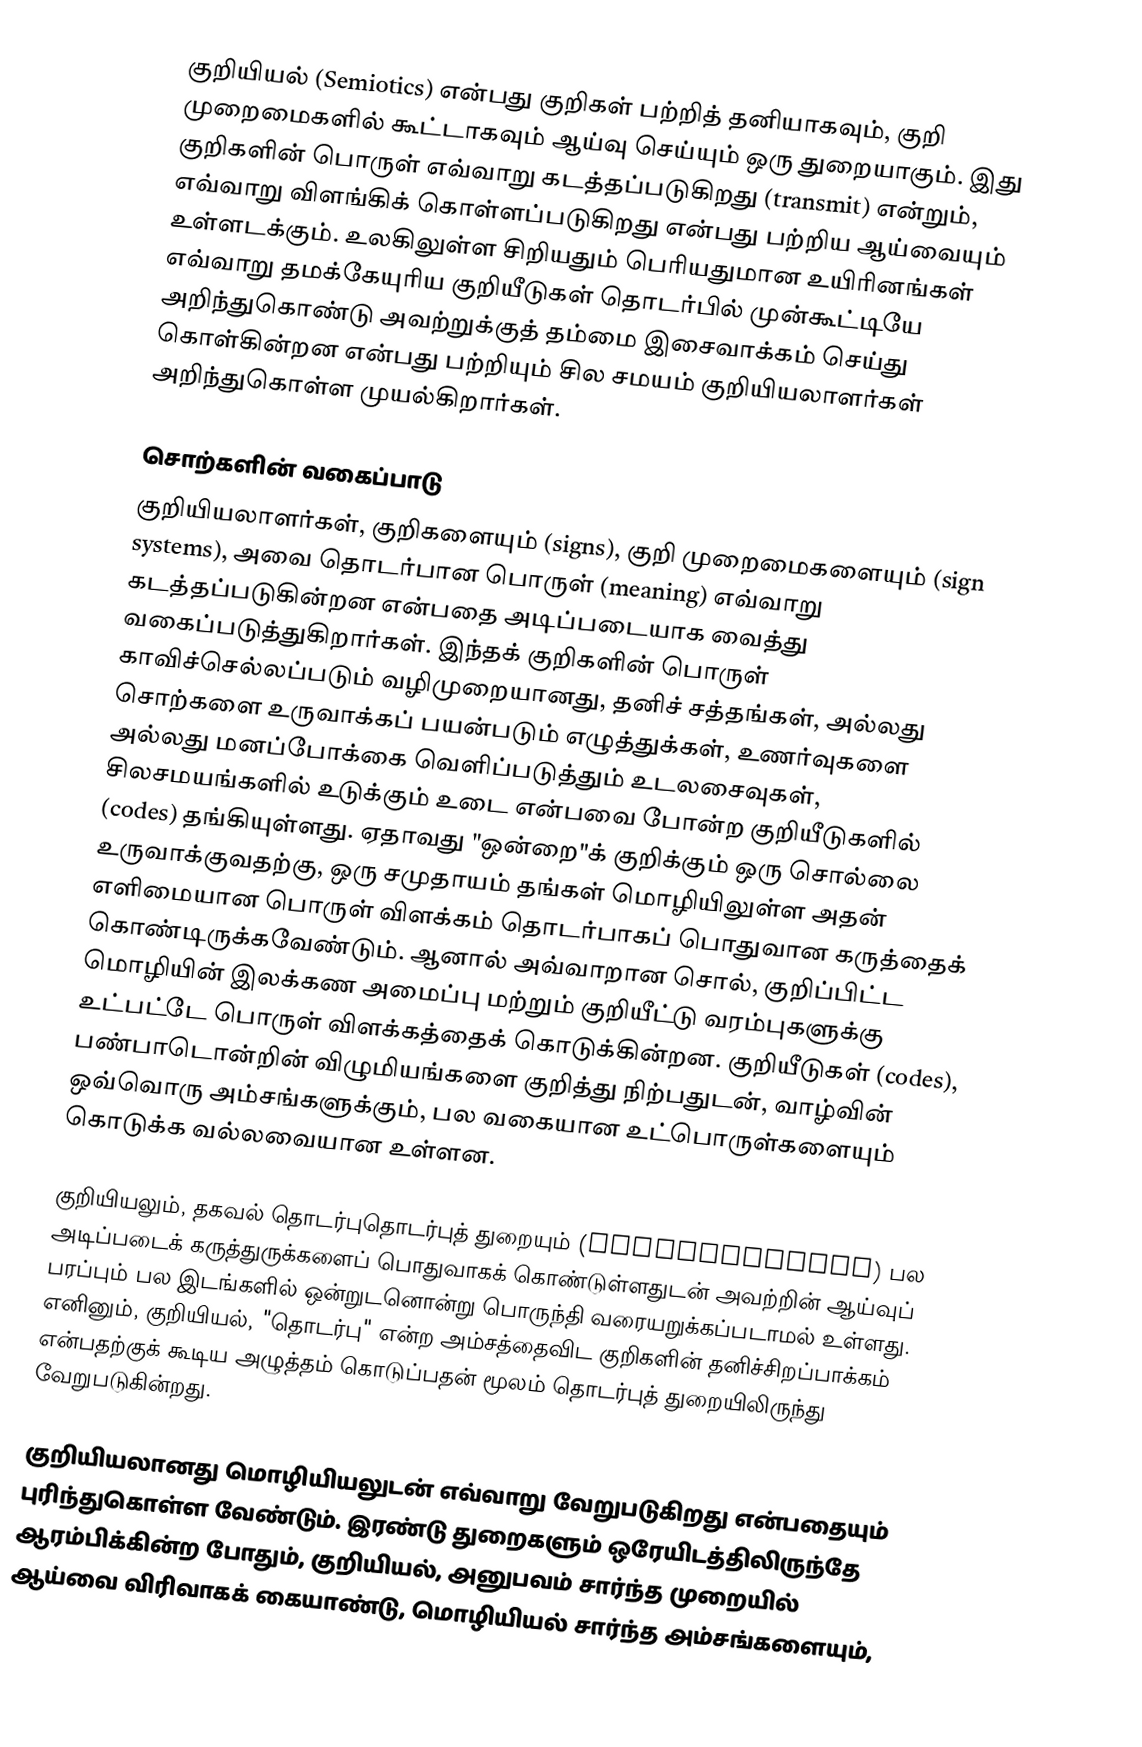
குறியியல் (Semiotics) என்பது குறிகள் பற்றித் தனியாகவும், குறி முறைமைகளில் கூட்டாகவும் ஆய்வு செய்யும் ஒரு துறையாகும். இது குறிகளின் பொருள் எவ்வாறு கடத்தப்படுகிறது (transmit) என்றும், எவ்வாறு விளங்கிக் கொள்ளப்படுகிறது என்பது பற்றிய ஆய்வையும் உள்ளடக்கும். உலகிலுள்ள சிறியதும் பெரியதுமான உயிரினங்கள் எவ்வாறு தமக்கேயுரிய குறியீடுகள் தொடர்பில் முன்கூட்டியே அறிந்துகொண்டு அவற்றுக்குத் தம்மை இசைவாக்கம் செய்து கொள்கின்றன என்பது பற்றியும் சில சமயம் குறியியலாளர்கள் அறிந்துகொள்ள முயல்கிறார்கள்.

சொற்களின் வகைப்பாடு
குறியியலாளர்கள், குறிகளையும் (signs), குறி முறைமைகளையும் (sign systems), அவை தொடர்பான பொருள் (meaning) எவ்வாறு கடத்தப்படுகின்றன என்பதை அடிப்படையாக வைத்து வகைப்படுத்துகிறார்கள். இந்தக் குறிகளின் பொருள் காவிச்செல்லப்படும் வழிமுறையானது, தனிச் சத்தங்கள், அல்லது சொற்களை உருவாக்கப் பயன்படும் எழுத்துக்கள், உணர்வுகளை அல்லது மனப்போக்கை வெளிப்படுத்தும் உடலசைவுகள், சிலசமயங்களில் உடுக்கும் உடை என்பவை போன்ற குறியீடுகளில் (codes) தங்கியுள்ளது. ஏதாவது "ஒன்றை"க் குறிக்கும் ஒரு சொல்லை உருவாக்குவதற்கு, ஒரு சமுதாயம் தங்கள் மொழியிலுள்ள அதன் எளிமையான பொருள் விளக்கம் தொடர்பாகப் பொதுவான கருத்தைக் கொண்டிருக்கவேண்டும். ஆனால் அவ்வாறான சொல், குறிப்பிட்ட மொழியின் இலக்கண அமைப்பு மற்றும் குறியீட்டு வரம்புகளுக்கு உட்பட்டே பொருள் விளக்கத்தைக் கொடுக்கின்றன. குறியீடுகள் (codes), பண்பாடொன்றின் விழுமியங்களை குறித்து நிற்பதுடன், வாழ்வின் ஒவ்வொரு அம்சங்களுக்கும், பல வகையான உட்பொருள்களையும் கொடுக்க வல்லவையான உள்ளன.

குறியியலும், தகவல் தொடர்புதொடர்புத் துறையும் (communication) பல அடிப்படைக் கருத்துருக்களைப் பொதுவாகக் கொண்டுள்ளதுடன் அவற்றின் ஆய்வுப் பரப்பும் பல இடங்களில் ஒன்றுடனொன்று பொருந்தி வரையறுக்கப்படாமல் உள்ளது. எனினும், குறியியல், "தொடர்பு" என்ற அம்சத்தைவிட குறிகளின் தனிச்சிறப்பாக்கம் என்பதற்குக் கூடிய அழுத்தம் கொடுப்பதன் மூலம் தொடர்புத் துறையிலிருந்து வேறுபடுகின்றது.

குறியியலானது மொழியியலுடன் எவ்வாறு வேறுபடுகிறது என்பதையும் புரிந்துகொள்ள வேண்டும். இரண்டு துறைகளும் ஒரேயிடத்திலிருந்தே ஆரம்பிக்கின்ற போதும், குறியியல், அனுபவம் சார்ந்த முறையில் ஆய்வை விரிவாகக் கையாண்டு, மொழியியல் சார்ந்த அம்சங்களையும்,